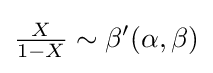
{\tfrac {X}{1-X}}\sim {\beta '}(\alpha ,\beta )